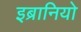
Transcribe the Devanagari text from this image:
इब्रानियो